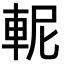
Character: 𨋗